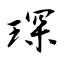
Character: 琛